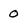
Character: 0